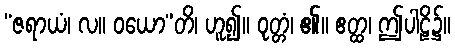
“ဇရာယံ၊ လ။ ဝယော”တိ၊ ဟူ၍။ ဝုတ္တံ၊ ၏။ ဧတ္ထ၊ ဤပါဠိ၌။